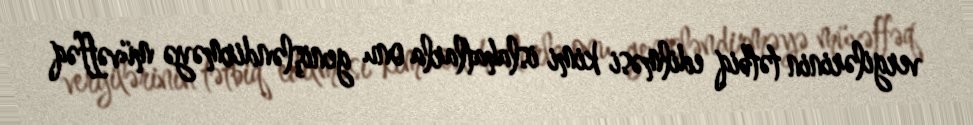
vergilərinin tətbiq edilməsi kimi islahatlarla onu genişləndirməyə müvəffəq